Indian journal of veterinary science and animal husbandry - Volume 10,
Year: 1940
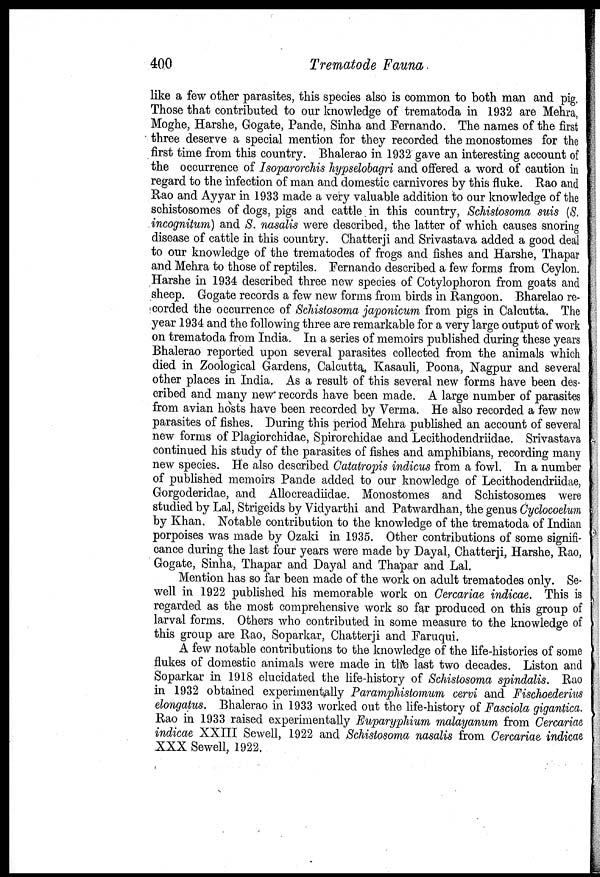
400
Trematode Fauna
like a few other parasites, this species also is common to both man and pig
Those that contributed to our knowledge of trematoda in 1932 are Mehra,
Moghe, Harshe, Gogate, Pande, Sinha and Fernando. The names of the first
three deserve a special mention for they recorded the monostomes for the
first time from this country. Bhalerao in 1932 gave an interesting account of
the occurrence of Isoparorchis hypselobagri and offered a word of caution in
regard to the infection of man and domestic carnivores by this fluke. Rao and
Rao and Ayyar in 1933 made a very valuable addition to our knowledge of the
schistosomes of dogs, pigs and cattle in this country, Schistosoma suis (S.
incognitum) and S. nasalis were described, the latter of which causes snoring
disease of cattle in this country. Chatterji and Srivastava added a good deal
to our knowledge of the trematodes of frogs and fishes and Harshe, Thapar
and Mehra to those of reptiles. Fernando described a few forms from Ceylon.
Harshe in 1934 described three new species of Cotylophoron from goats and
sheep. Gogate records a few new forms from birds in Rangoon. Bharelao re-
corded the occurrence of Schistosoma japonicum from pigs in Calcutta. The
year 1934 and the following three are remarkable for a very large output of work
on trematoda from India. In a series of memoirs published during these years
Bhalerao reported upon several parasites collected from the animals which
died in Zoological Gardens, Calcutta. Kasauli, Poona, Nagpur and several
other places in India. As a result of this several new forms have been des-
cribed and many new records have been made. A large number of parasites
from avian hosts have been recorded by Verma. He also recorded a few new
parasites of fishes. During this period Mehra published an account of several
new forms of Plagiorchidae, Spirorchidae and Lecithodendriidae. Srivastava
continued his study of the parasites of fishes and amphibians, recording many
new species. He also described Catatropis indicus from a fowl. In a number
of published memoirs Pande added to our knowledge of Lecithodendriidae,
Gorgoderidae, and Allocreadiidae. Monostomes and Schistosomes were
studied by Lal, Strigeids by Vidyarthi and Patwardhan, the genus Cyclocoelum
by Khan. Notable contribution to the knowledge of the trematoda of Indian
porpoises was made by Ozaki in 1935. Other contributions of some signifi-
cance during the last four years were made by Dayal, Chatterji, Harshe, Rao,
Gogate, Sinha, Thapar and Dayal and Thapar and Lal.
Mention has so far been made of the work on adult trematodes only. Se¬
well in 1922 published his memorable work on Cercariae indicae. This is
regarded as the most comprehensive work so far produced on this group of
larval forms. Others who contributed in some measure to the knowledge of
this group are Rao, Soparkar, Chatterji and Faruqui.
A few notable contributions to the knowledge of the life-histories of some
flukes of domestic animals were made in the last two decades. Liston and
Soparkar in 1918 elucidated the life-history of Schistosoma spindalis. Rao
in 1932 obtained experimentally Paramphistomum cervi and Fischoederius
elongatus. Bhalerao in 1933 worked out the life-history of Fasciola gigantica.
Rao in 1933 raised experimentally Euparyphium malayanum from Cercariae
indicae XXIII Sewell, 1922 and Schistosoma nasalis from Cercariae indicae
XXX Sewell, 1922.